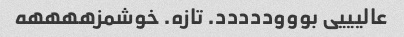
عالیییی بوووددددد. تازه. خوشمزههههه